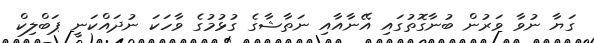
ގަޔާ ނުވާ ވަރުން ބުނާގޮތުގައި އޭނާއާއި ނަތާޝާގެ ގުޅުމުގެ ވާހަކަ ނުދައްކަނީ ޕަބްލިކް